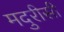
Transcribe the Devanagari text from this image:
मदुरीसी